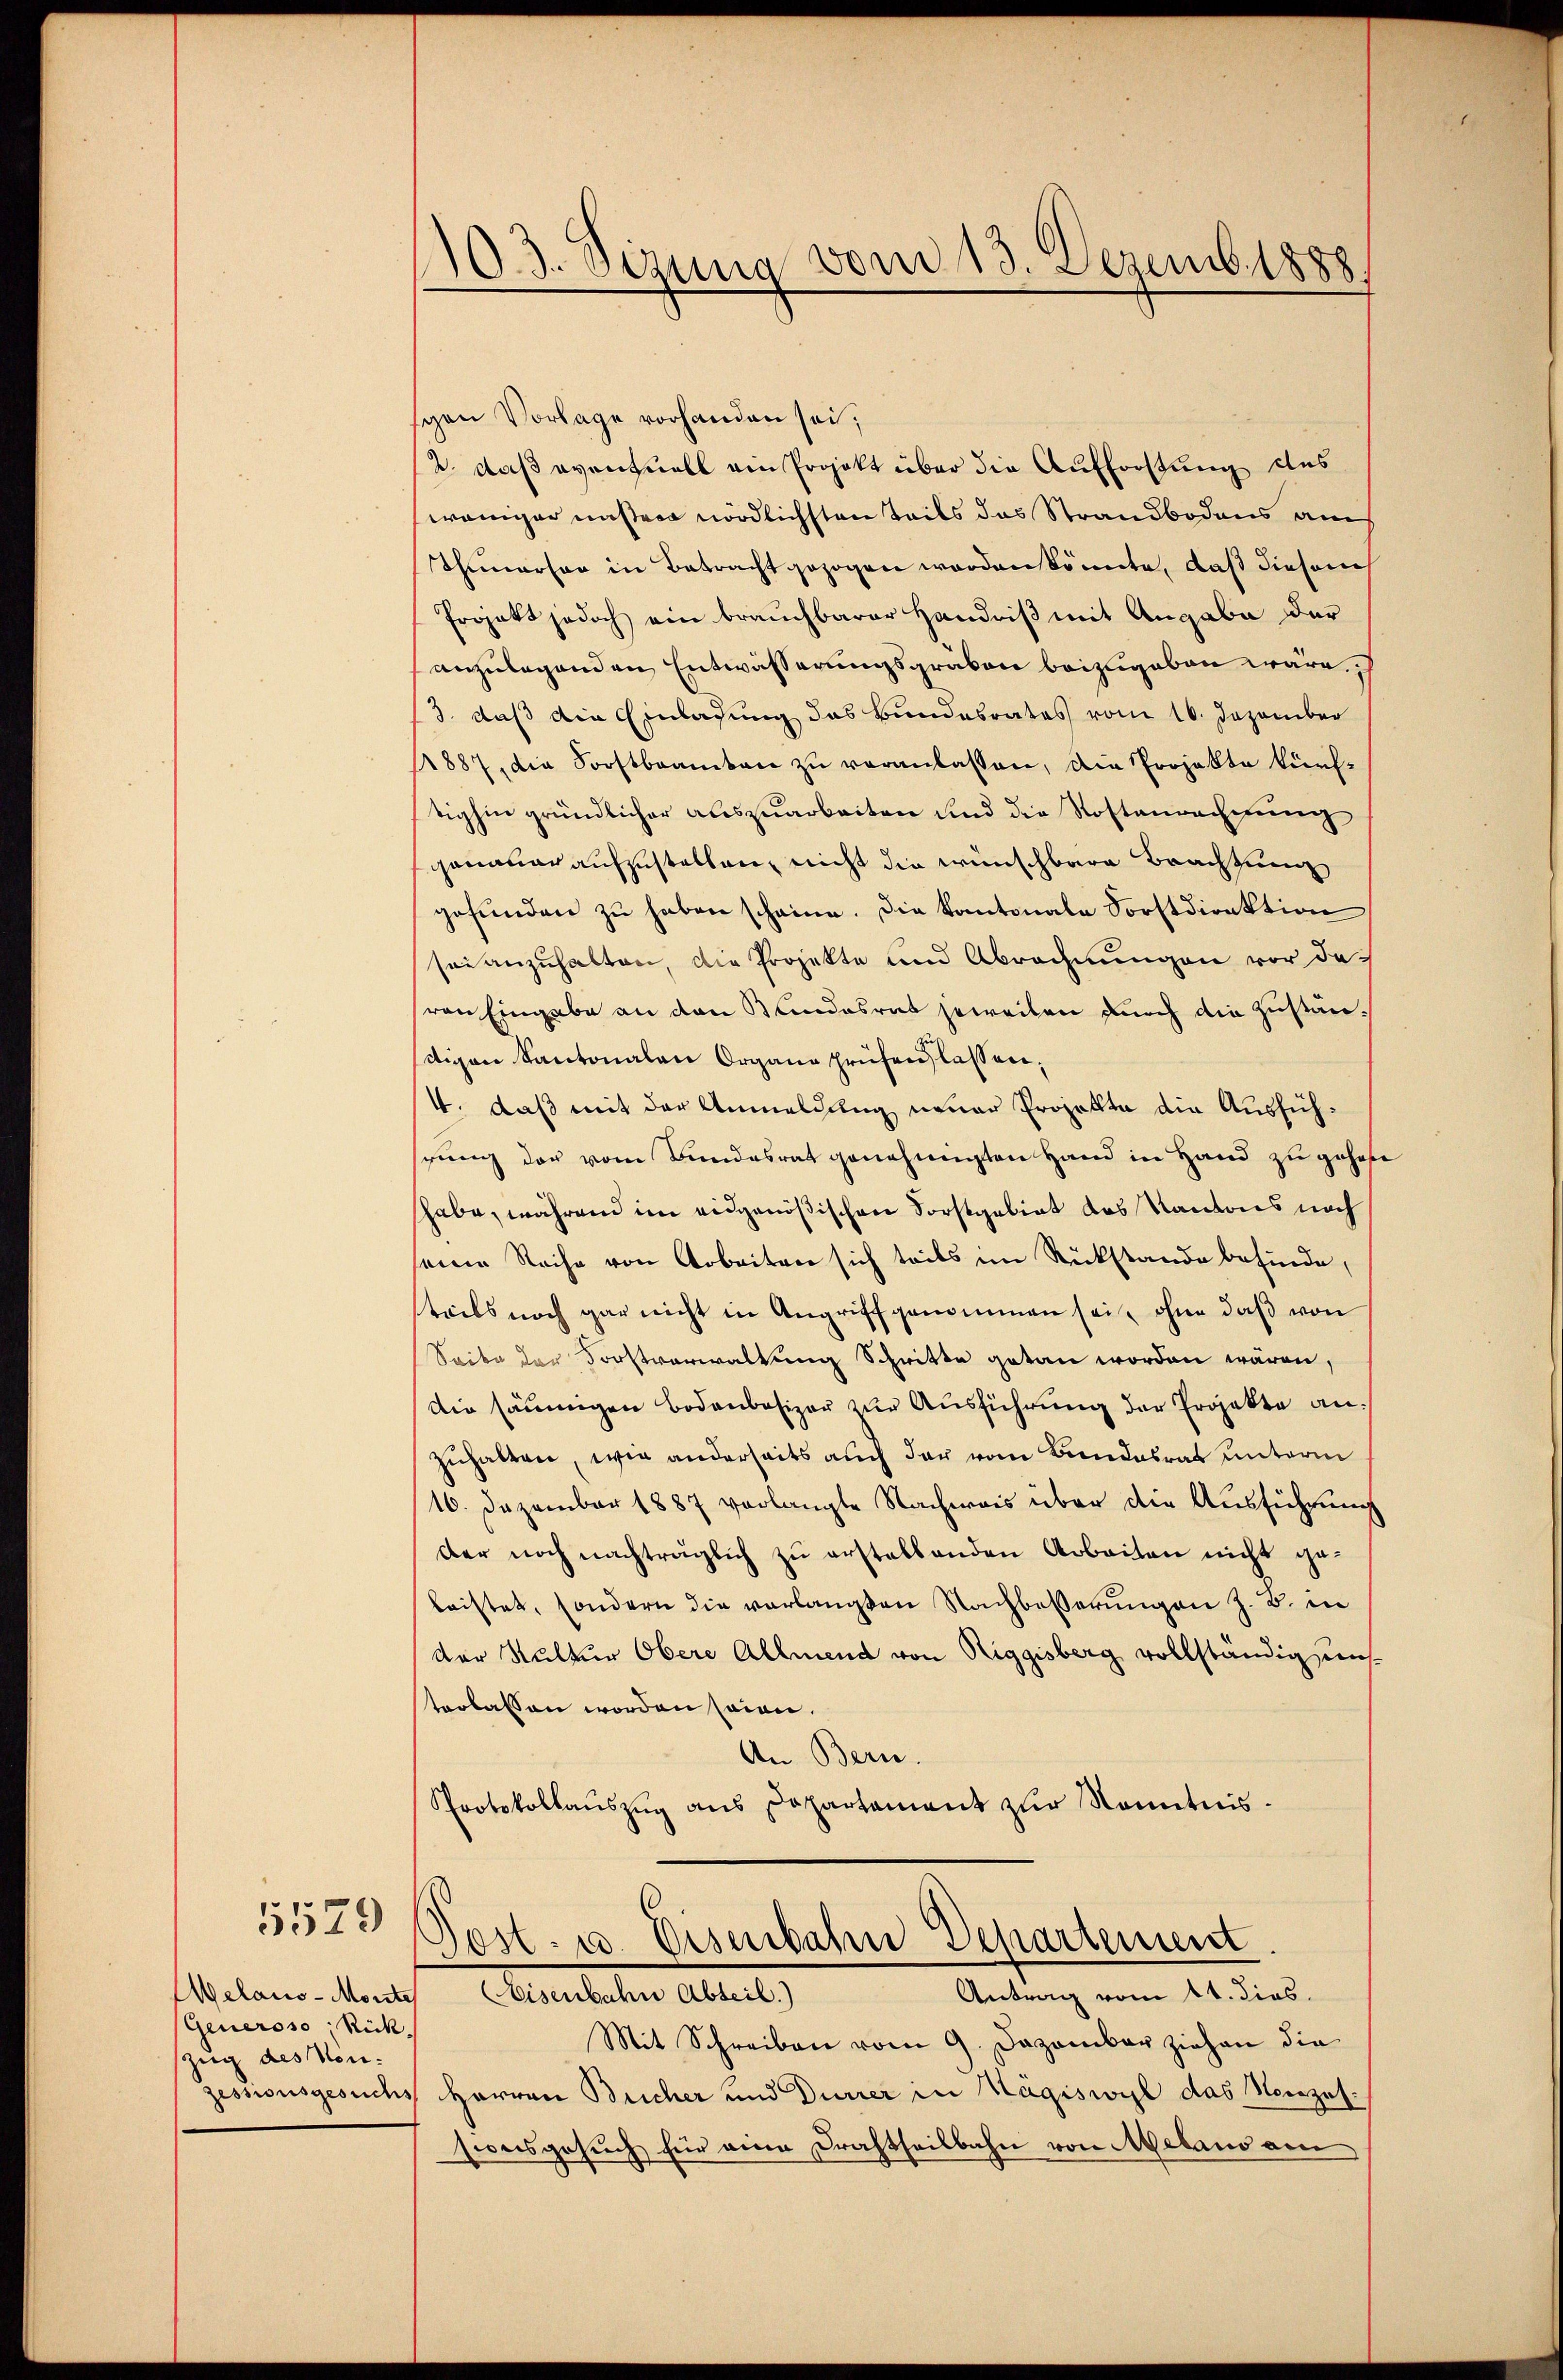
5579

Aelaus-Morste
Generoso Rick
zug des Ven.
Zessionsgesuchs

103. Sizung vom 13. Dezemb.888

schen Vorlage vorhanden sei,
2. daß eventuell am Projekt über die Aufforstung des
weniger unser nördlichsten Teils das Strandbodens am
Thunersag in Betracht gezogen worden könnte, daß diesem
Projekt jedoch ein brauchbarer Händniß mit Angabe der
anzulegenden Entwässerungsgraben beizugeben wäre.
3. daß die Einlassung das Bundesrates vom 16. Dezember
1887, die Forstbeamten zu veranlassen, die Projekte künftighin gründlicher auszuarbeiten und die Rostenrechnung
genauer aufzustellen, nicht die wünschbare Brachtung
gefunden zu haben scheine. Die Kantonale Forstdirektion
sei anzuhalten, die Projekte und Abrechnungen vor daren Eingabe an den Bundesrat jeweilen durch die Zuständigen Kantonalen Organg prüfen lassen,
4. daß mit der Anmeldung neuer Projekte die Ausfühhrung der vom Bundesrat genehmigten Hand in Hand zu gehe
habe, während im eidgenößischen Forstgebiet des Kantons noch
seine Reihe von Arbeiten sich teils im Rückstande befinde,
steils noch gar nicht in Angriff genommen sei, ohne daß von
Seibe der Forstverwaltung Schritte getan worden wären,
Die säumigen Bodenbesizer zur Ausführung der Projekte an:
zuhalten, wie anderseits auch der vom Bundesrat unterm
16. Dezember 1887 verlangte Nachweis über die Ausführung
der noch nachträglich zŭ erstellenden Arbeiten nicht ge-
leistet, sondern die verlangten Nachbesserungen z. B. in
der Kultur Obere Allmend von Riggisberg vollständig austerlassen worden seien.
Um Bern.
Protokollaŭszŭg ans Departement zŭr Kenntnis.
Post- u. Eisenbahn Departement
Eisenbahn Abteil)
Antrag vom 11. dies
Mit Schreiben vom 9. Dezember ziehen die
Herren Bucher und Dürrer in Hägiswyl das Neuzel.
sionsgesuch für eine Drahtheilbahn von Meland am